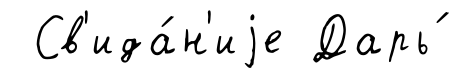
Св'ида́н'иjе Дарь́